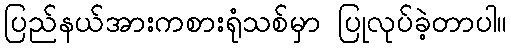
ပြည်နယ်အားကစားရုံသစ်မှာ ပြုလုပ်ခဲ့တာပါ။